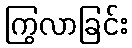
ကြွလာခြင်း